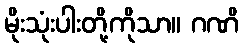
မိုးသုံးပါးတို့ကိုသာ။ ဂဏိ